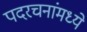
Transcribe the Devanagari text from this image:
पदरचनांमध्ये